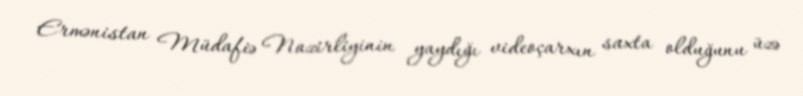
Ermənistan Müdafiə Nazirliyinin yaydığı videoçarxın saxta olduğunu üzə